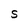
Character: S